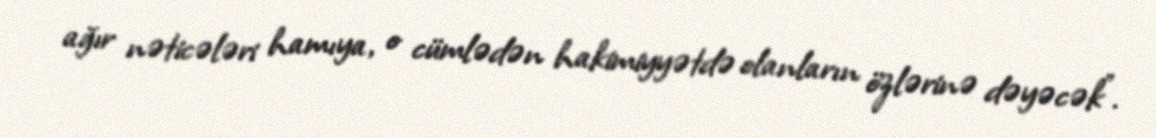
ağır nəticələri hamıya, o cümlədən hakimiyyətdə olanların özlərinə dəyəcək”.